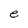
Character: e